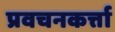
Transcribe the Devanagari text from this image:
प्रवचनकर्त्ता